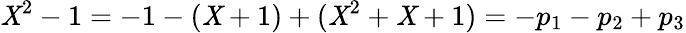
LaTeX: \mathit{X}^{2}-1=-1-(\mathit{X}+1)+(\mathit{X}^{2}+\mathit{X}+1)=-p_{1}-p_{2}+p_{3}